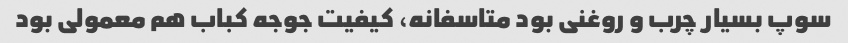
سوپ بسیار چرب و روغنی بود متاسفانه، کیفیت جوجه کباب هم معمولی بود